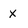
Character: X